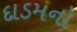
દાડમનો